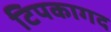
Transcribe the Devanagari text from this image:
टिपकागद